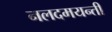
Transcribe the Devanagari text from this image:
नलदमयन्ती